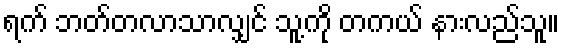
ရက် ဘတ်တလာသာလျှင် သူ့ကို တကယ် နားလည်သူ။